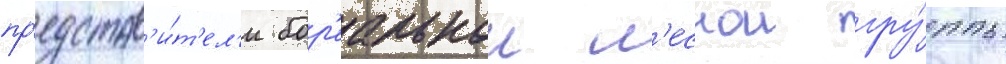
пр'едстав'и́т'ел'и бор'еальнои л'еснои гру́ппы